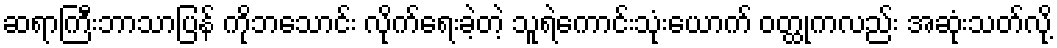
ဆရာကြီးဘာသာပြန် ကိုဘသောင်း လိုက်ရေးခဲ့တဲ့ သူရဲကောင်းသုံးယောက် ဝတ္ထုကလည်း အဆုံးသတ်လို့